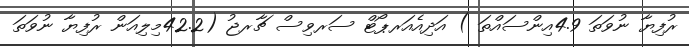
ރުފިޔާ ނުވަތަ 4.9އިންސައްތަ ) އަދިއެއަރޕޯޓް ސަރވިސް ޗާރޖު (42.2މިލިއަން ރުފިޔާ ނުވަތަ